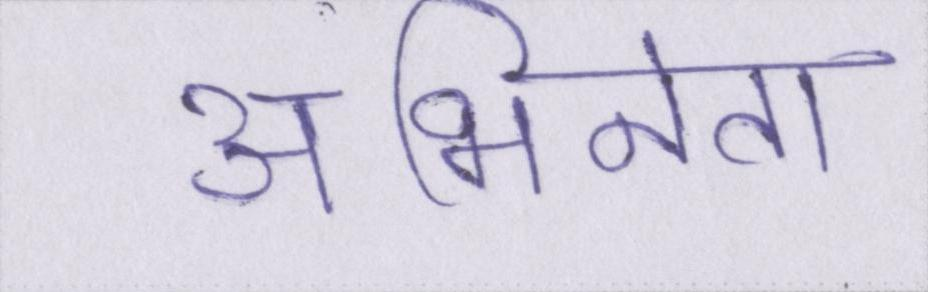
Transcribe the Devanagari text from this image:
अभिनेता